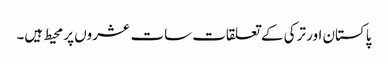
پاکستان اور ترکی کے تعلقات سات عشروں پر محیط ہیں۔